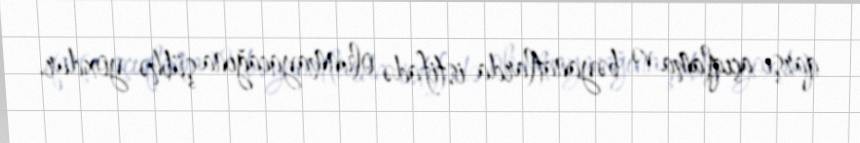
qarşı açıqlama və bəyanatlarda istifadə olunmayacağına şübhə yoxdur.